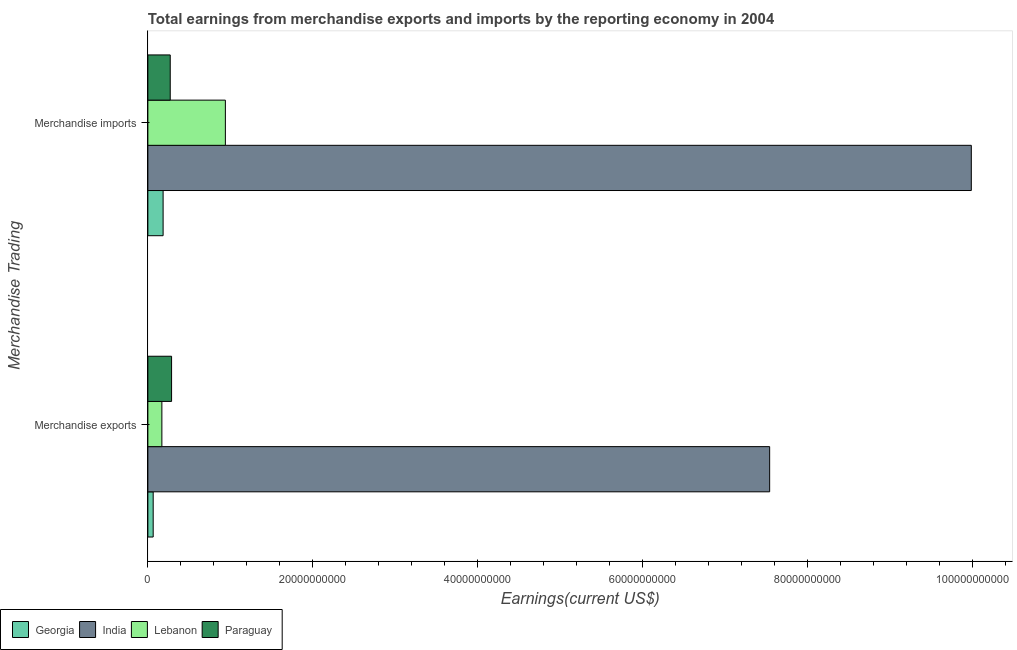
| Merchandise Trading | Georgia | India | Lebanon | Paraguay |
 | --- | --- | --- | --- | --- |
 | Merchandise exports | 6.45e+08 | 7.54e+10 | 1.7e+09 | 2.87e+09 |
 | Merchandise imports | 1.85e+09 | 9.98e+10 | 9.4e+09 | 2.71e+09 |